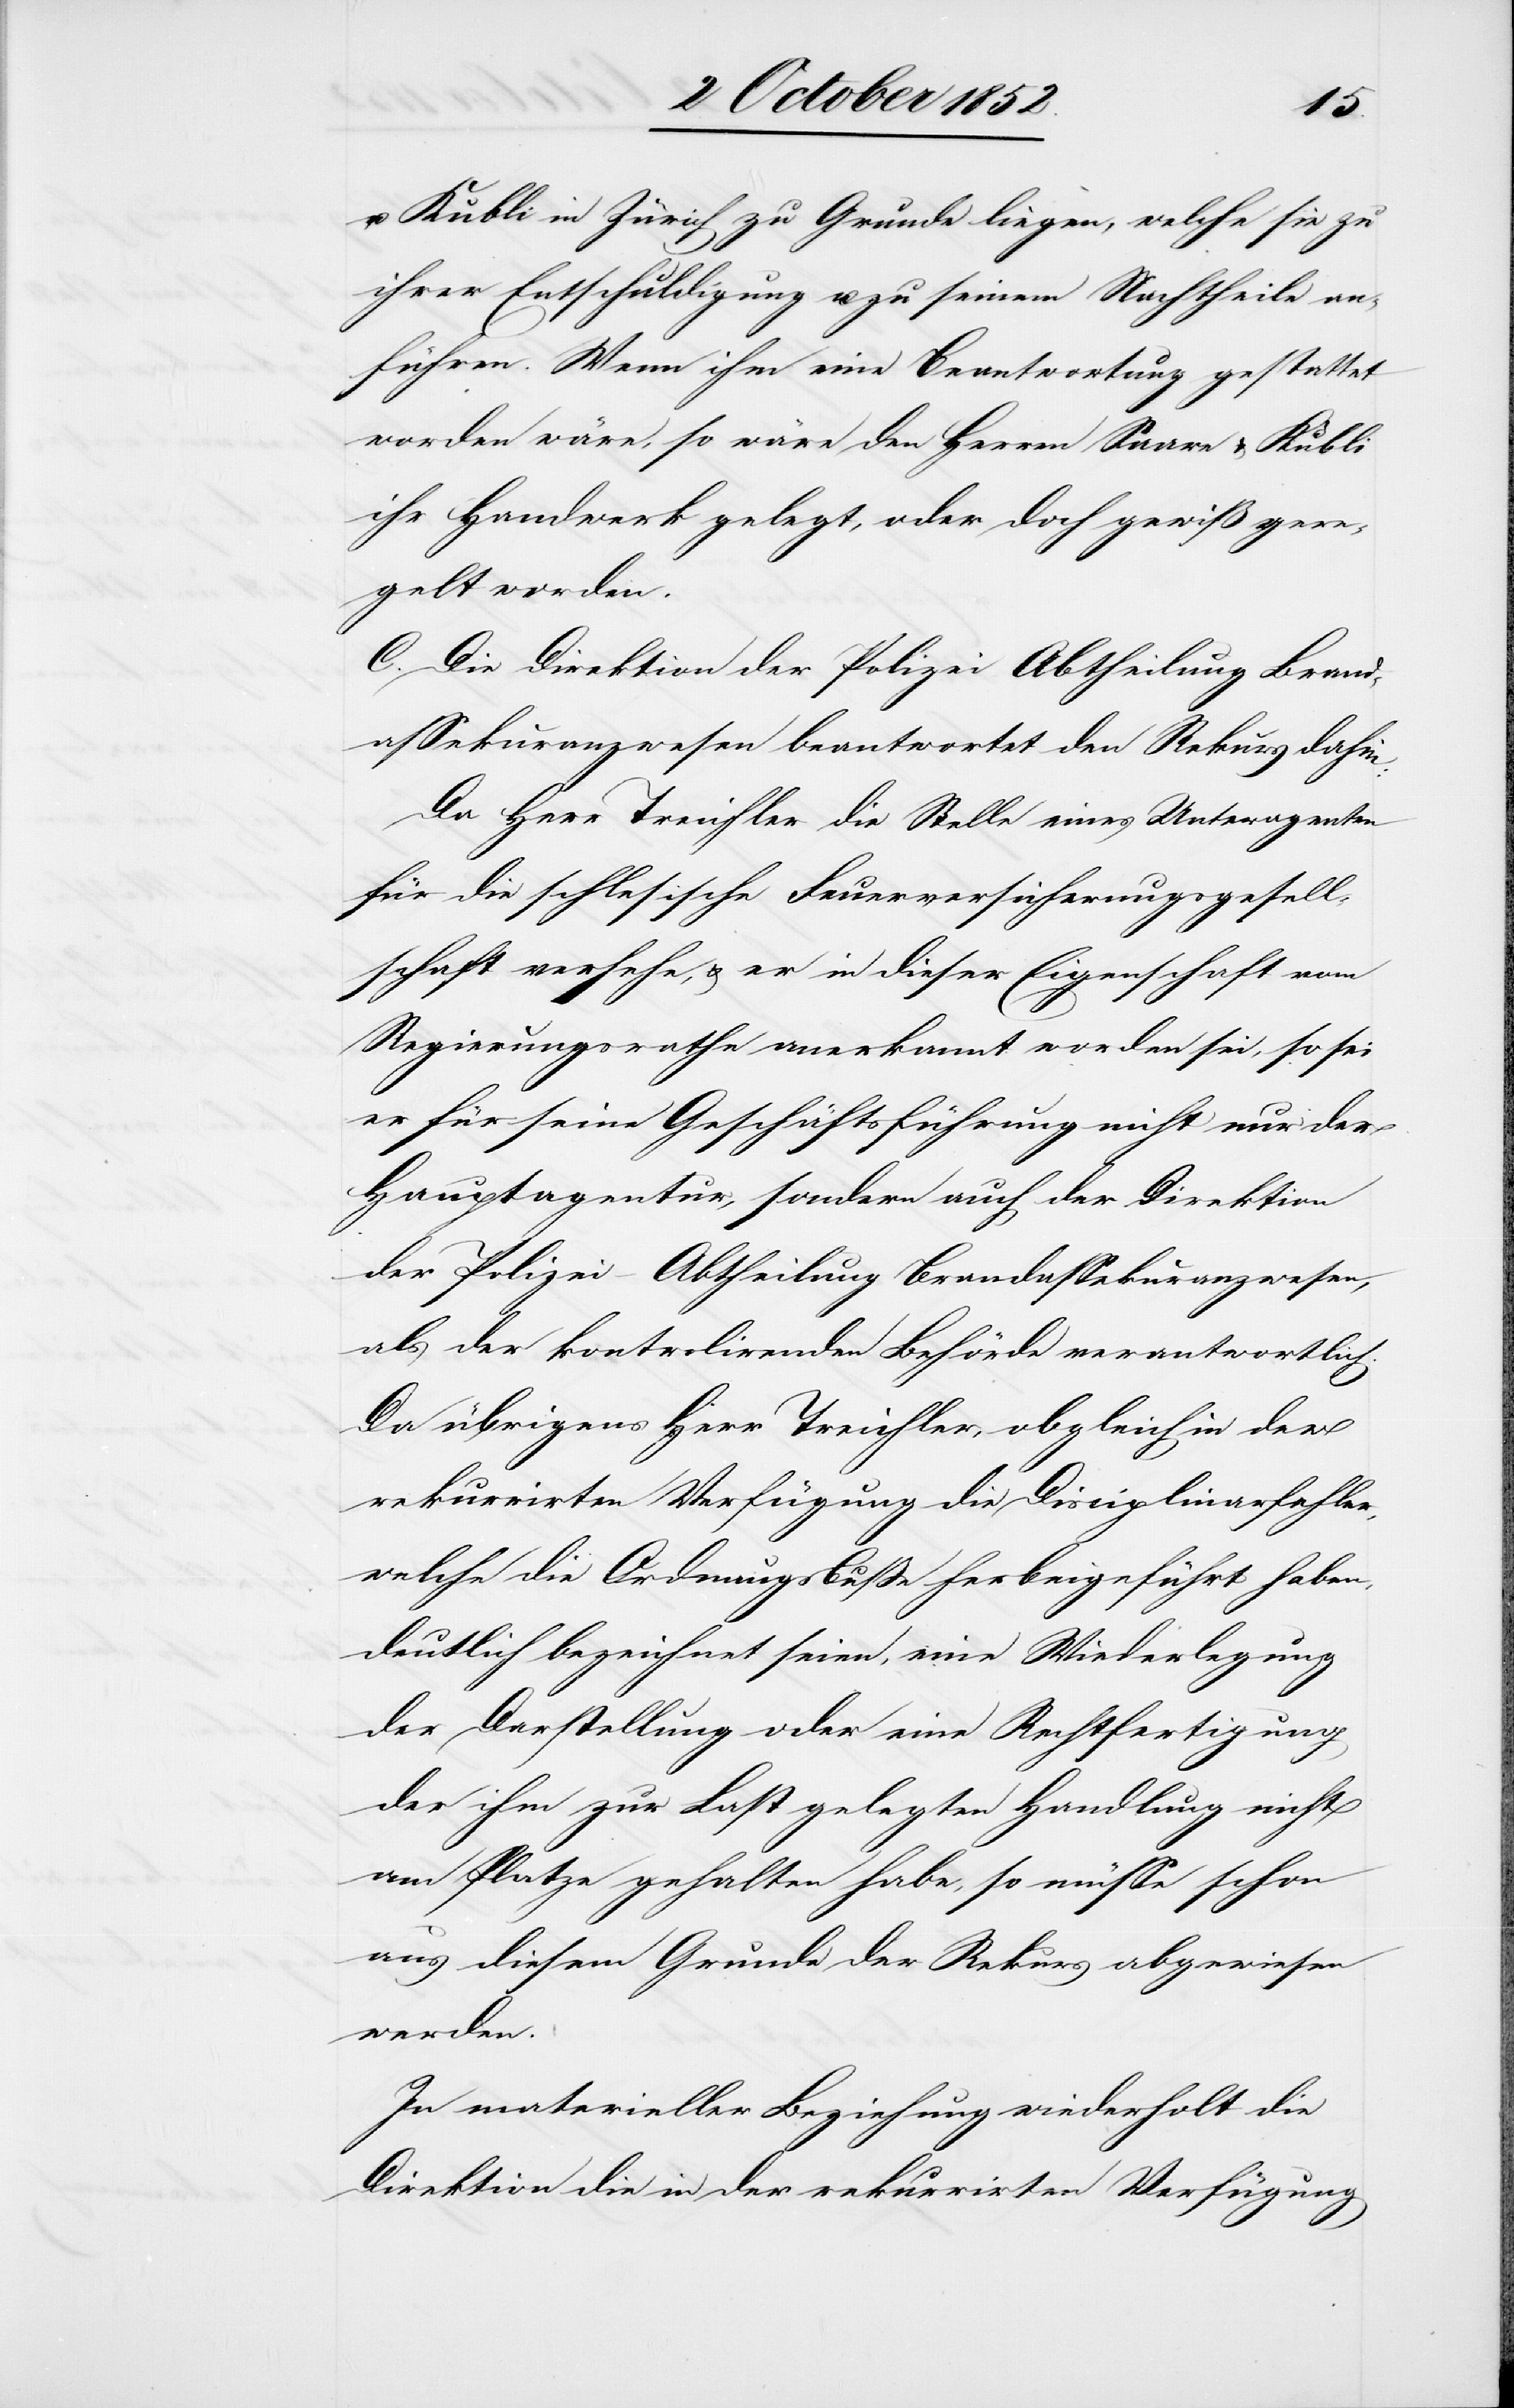
u. Kubli in Zürich zu Grunde liegen, welche sie zu
ihrer Entschuldigung u. zu seinem Nachtheile an¬
führen. Wenn ihm eine Beantwortung gestattet
worden wäre, so wäre den Herren Saare & Kubli
ihr Handwerk gelegt, oder doch gewiß gere¬
gelt worden.
C. Die Direktion der Polizei Abtheilung Brand¬
assekuranzwesen beantwortet den Rekurs dahin:
Da Herr Treichler die Stelle eines Unteragenten
für die schlesische Feuerversicherungsgesell¬
schaft versehe, & er in dieser Eigenschaft vom
Regierungsrathe anerkannt worden sei, so sei
er für seine Geschäftsführung nicht nur der
Hauptagentur, sondern auch der Direktion
der Polizei – Abtheilung Brandassekuranzwesen,
als der kontrolirenden Behörde verantwortlich.
Da übrigens Herr Treichler, obgleich in der
rekurrirten Verfügung die Disciplinarfehler,
welche die Ordnungsbuße herbeigeführt haben,
deutlich bezeichnet seien, eine Wiederlegung
der Darstellung oder eine Rechtfertigung
der ihm zur Last gelegten Handlung nicht
am Platze gehalten habe, so müsse schon
aus diesem Grunde der Rekurs abgewiesen
werden.
In materieller Beziehung wiederholt die
Direktion die in der rekurrirten Verfügung